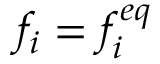
f _ { i } = f _ { i } ^ { e q }